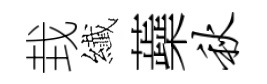
㘽纎蘃秋